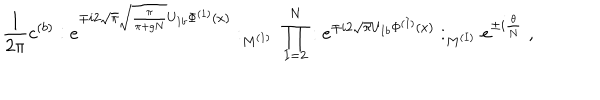
\frac { 1 } { 2 \pi } c ^ { ( b ) } : e ^ { \mp i 2 \sqrt { \pi } \sqrt { \frac { \pi } { \pi + g N } } U _ { 1 b } \Phi ^ { ( 1 ) } ( x ) } : _ { M ^ { ( 1 ) } } \; \prod _ { I = 2 } ^ { N } : e ^ { \mp i 2 \sqrt { \pi } U _ { I b } \Phi ^ { ( I ) } ( x ) } : _ { M ^ { ( I ) } } e ^ { \pm i \frac { \theta } { N } } \; ,